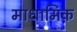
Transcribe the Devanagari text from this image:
माधामिक